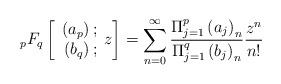
LaTeX: \begin{align*} _{p}F_{q}\left[ \begin{array}{r}\left( a _{p}\right) ; \\ \left( b _{q}\right) ;\end{array}z\right] =\sum\limits_{n=0}^{\infty }\frac{\Pi _{j=1}^{p}\left( a_{j}\right)_{n}}{\Pi _{j=1}^{q}\left( b _{j}\right) _{n}}\frac{z^{n}}{n! }\end{align*}